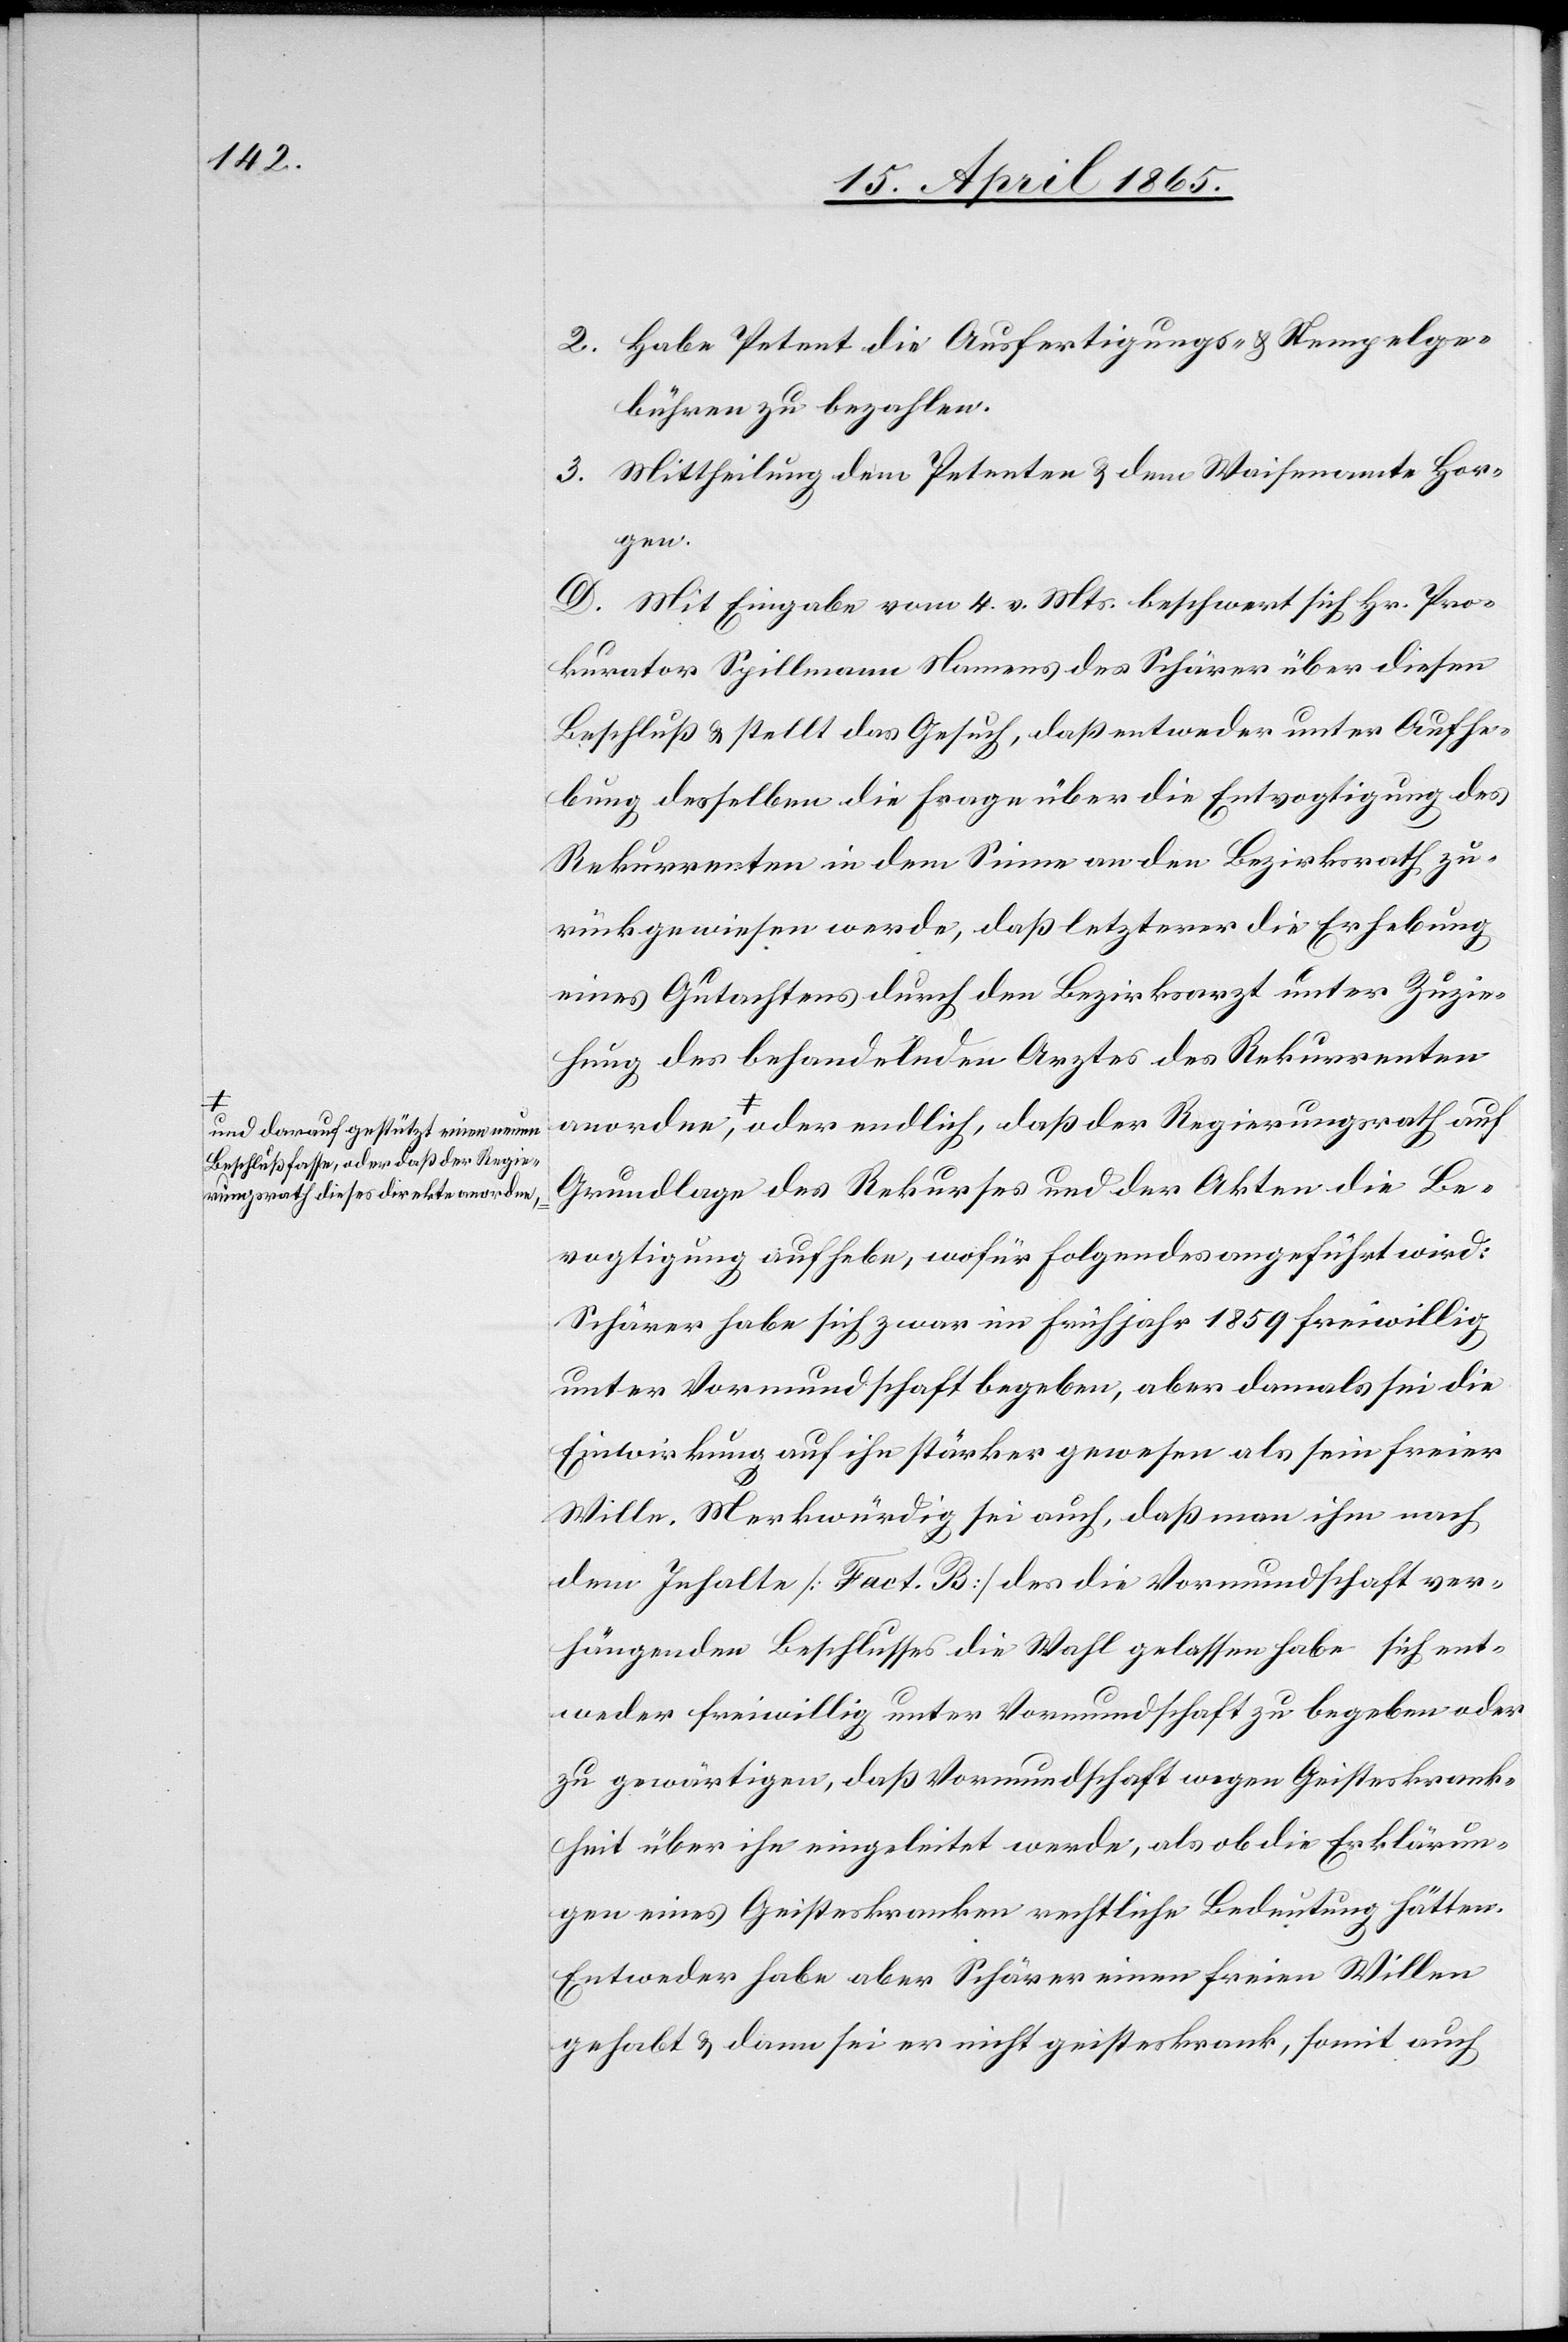
a-und darauf gestützt einen neuen
Beschluß fasse, oder daß der Regie¬
rungsrath dieses direkte an¬

2. Habe Petent die Ausfertigungs- & Stempelge¬
bühren zu bezahlen.
3. Mittheilung dem Petenten & dem Waisenamte Hor¬
gen.
D. Mit Eingabe vom 4. v. Mts. beschwert sich Hr. Pro¬
kurator Spillmann Namens des Schärer über diesen
Beschluß & stellt das Gesuch, daß entweder unter Aufhe¬
bung desselben die Frage über die Entvogtigung des
Rekurrenten in dem Sinne an den Bezirksrath zu¬
rückgewiesen werde, daß letzterer die Erhebung
eines Gutachtens durch den Bezirksarzt unter Zuzie¬
hung des behandelnden Arztes des Rekurrenten
ordne,-a oder endlich, daß der Regierungsrath auf
Grundlage des Rekurses und der Akten die Be¬
vogtigung aufhebe, wofür Folgendes angeführt wird:
Schärer habe sich zwar im Frühjahr 1859 freiwillig
unter Vormundschaft begeben, aber damals sei die
Einwirkung auf ihn stärker gewesen als sein freier
Wille. Merkwürdig sei auch, daß man ihm nach
dem Inhalte [Fact. B] des die Vormundschaft ver¬
hängenden Beschlusses die Wahl gelassen habe sich ent¬
weder freiwillig unter Vormundschaft zu begeben oder
zu gewärtigen, daß Vormundschaft wegen Geisteskrank¬
heit über ihn eingeleitet werde, als ob die Erklärun¬
gen eines Geisteskranken rechtliche Bedeutung hätten.
Entweder habe aber Schärer einen freien Willen
gehabt & dann sei er nicht geisteskrank, somit auch